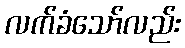
လက်ခံသော်လည်း